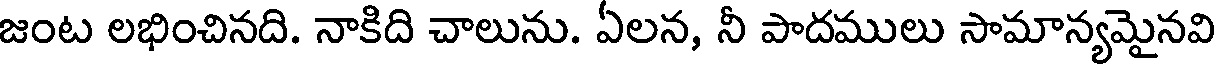
జంట లభించినది. నాకిది చాలును. ఏలన, నీ పాదములు సామాన్యమైనవి